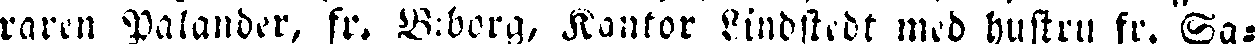
raren Palander, fr. B:borg, Kantor Lindstedt med hustru fr. Sa-